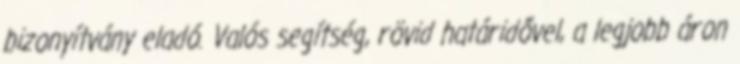
bizonyítvány eladó. Valós segítség, rövid határidővel, a legjobb áron